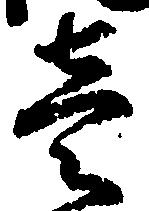
壱